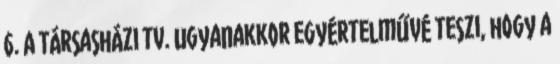
6. A Társasházi tv. ugyanakkor egyértelművé teszi, hogy a